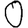
Digit: 0